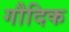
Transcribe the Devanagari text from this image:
गौदिक